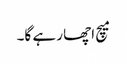
میچ اچھا رہے گا۔